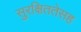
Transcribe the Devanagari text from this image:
सुरक्षिततेसह